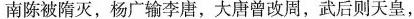
南陈被隋灭，杨广输李唐，大唐曾改周，武后则天皇，